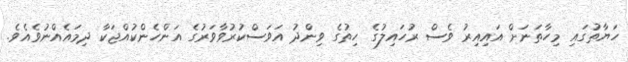
ހަޔާތުގައި މިހާތަނަށް އައިއިރު ވެސް ރުހައިލުގެ ހިތުގެ ވިންދު އަވަސްކުރުވާވަރުގެ އަންހެންކުއްޖަކާ ދިމައެއްނުވެއެވެ.